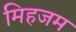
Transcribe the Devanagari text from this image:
मिहजम